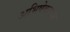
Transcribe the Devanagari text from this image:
अभिषेकाच्या